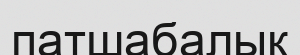
патшабалық